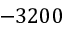
- 3 2 0 0